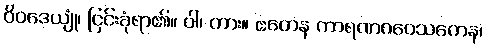
ဝိဝဒေယျုံ၊ ငြင်းခုံရာ၏။ ဝါ၊ ကား။ ဧတေန ကာရဏဂဝေသကေန၊